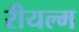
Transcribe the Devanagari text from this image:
रीयल्म